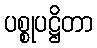
ပစ္စုပဋ္ဌိတာ